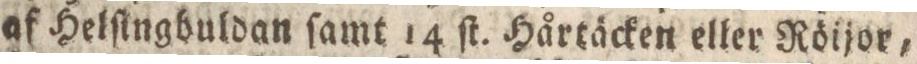
af Helſingbuldan ſamt 14 ſt. Hårtäcken eller Röijor,